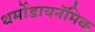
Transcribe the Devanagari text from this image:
थर्मोडायनॅमिक